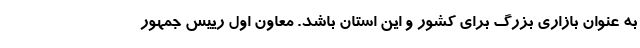
به عنوان بازاری بزرگ برای کشور و این استان باشد. معاون اول رییس جمهور